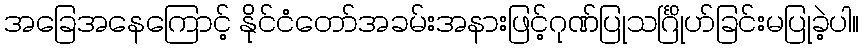
အခြေအနေကြောင့် နိုင်ငံတော်အခမ်းအနားဖြင့်ဂုဏ်ပြုသင်္ဂြိုဟ်ခြင်းမပြုခဲ့ပါ။